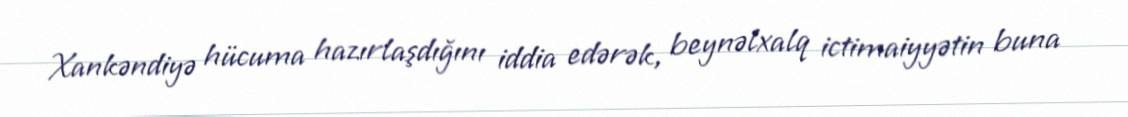
Xankəndiyə hücuma hazırlaşdığını iddia edərək, beynəlxalq ictimaiyyətin buna